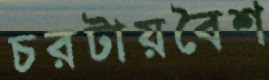
চরটায়বৈশ